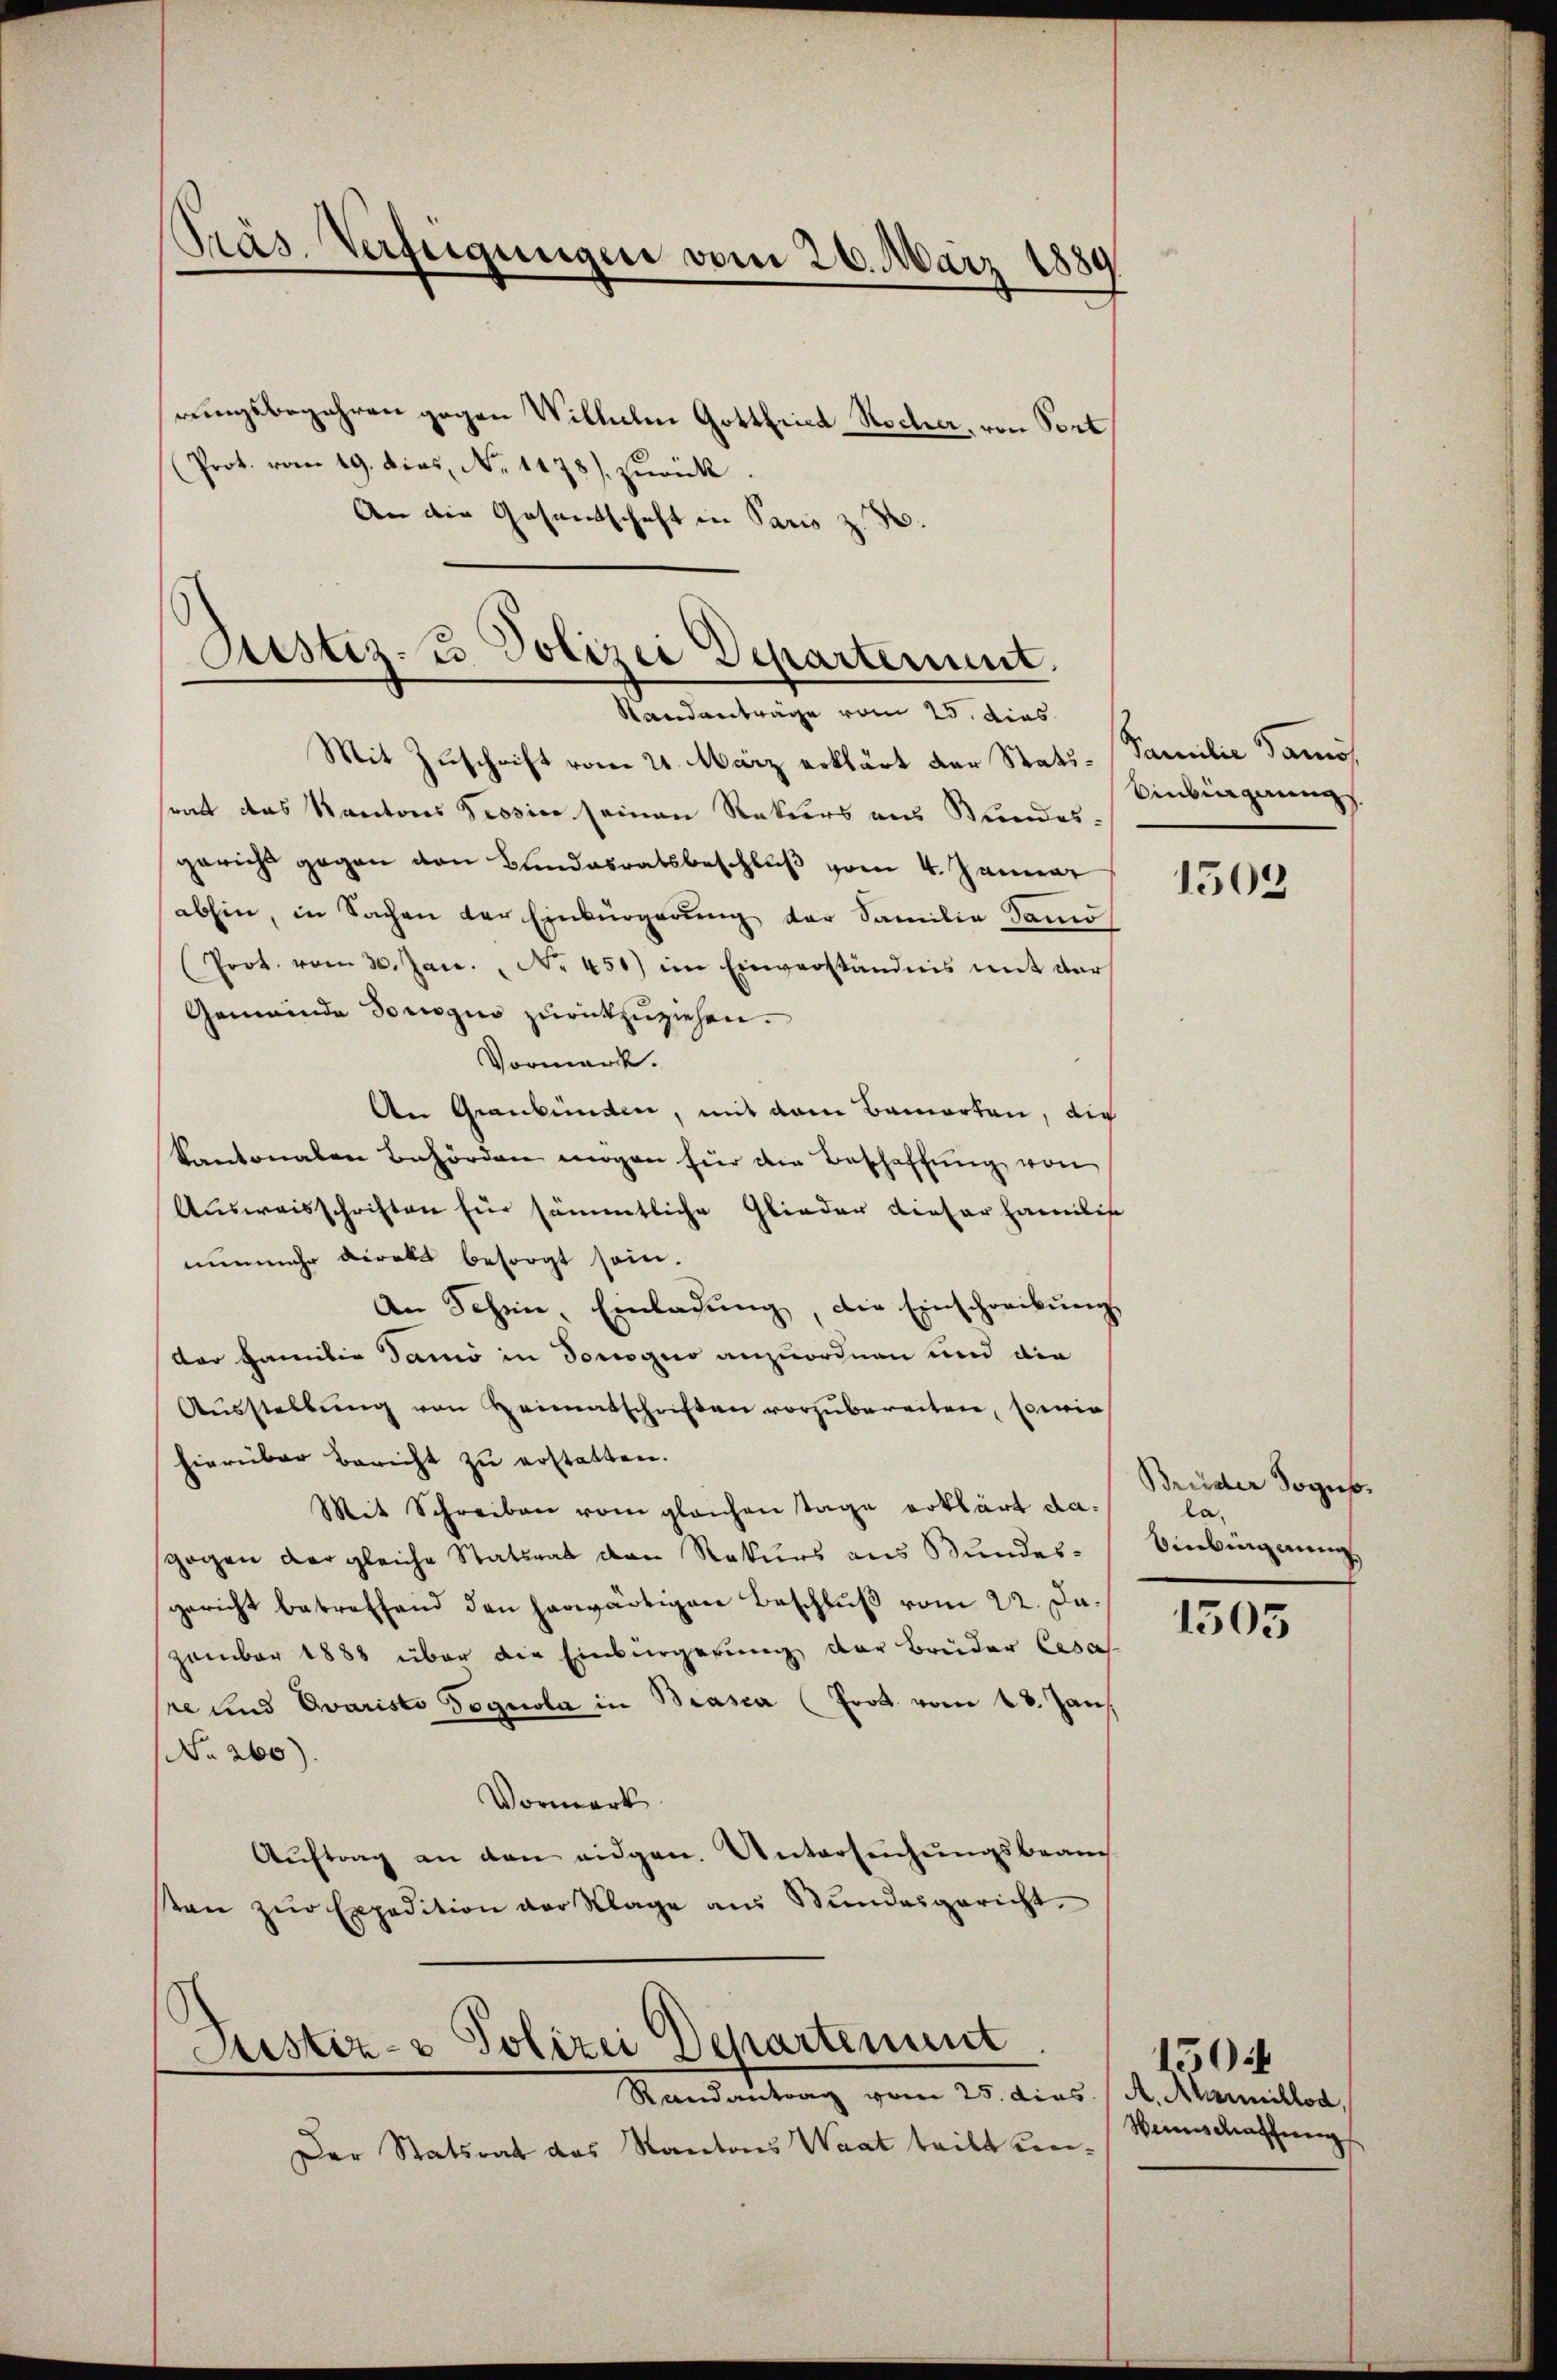
Präs. Verfeigungen vom 26. März 1889.

rungsbegehren gegen Wilhelm Gottfried Rocher, von Tort
Prot. vom 19. dies, No. 1178) zurück
An die Gesandtschaft in Paris z. B.

Justiz- & Polizei Departement.
Randanträge vom 25. dies

Mit Zuschrift vom 21. März erklärt der Stati- Familie Samos
ratt das Kantons Tessine seinen Rekurs aus Bundes-
gericht gegen von Bundesratsbeschluß vom 4. Januar
abhin, in Sachen der Einbürgerŭng der Familie Samo
Prot. vom 30. Jan. " Nr. 450) im Einverständnis mit der
Gemeinde Dorogio zurückzuziehen.
Vormerk.
An Graubünden, mit dem Bamorten, die
Kantonalen Behörden mögen für die Beschaffung von
Ausweisschriften für sämmtliche Glieder dieser Familis
nunmehr direkt besorgt sein.
An Schen, Einladung, die Einschreibung
Vor Familie Samo in Sonogio anzuordnen und die
Aŭsstellŭng von Heimatschriften vorzŭbereiten, sowie
hierüber Bericht zu erstatten.
Mit Schreiben vom gleichen Tage erklärt dagegen der gleiche Statsrat den Rekurs aus Bundesgericht betreffend den herwärtigen Beschluß vom 22. Dazember 1888 über die Einbürgerung der Brüder Cesa
sre und Ovaristo Pognola in Brasca (Prot. vom 18. Jan.
No 260)
Vormerk
Aŭftrag an den eidgen. Untersŭchŭngsbeamch
sten zŭr Expedition der Klage aus Stŭndesgericht

Justiz- & Polizei Departement
Mandantung vom 25. dies 1. d. Mammittel

Der Statsrat das Kantons Waat teilt un¬

Einbignung

1503

Brüder Sogus.
la.
Bierbingerung

1505

Weinschaffung

1504